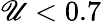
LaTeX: \mathscr{U}<0.7